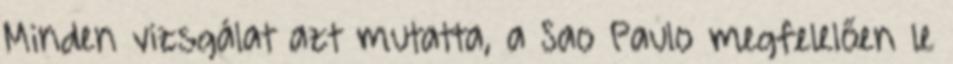
Minden vizsgálat azt mutatta, a Sao Paulo megfelelően le